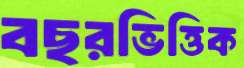
বছরভিত্তিক